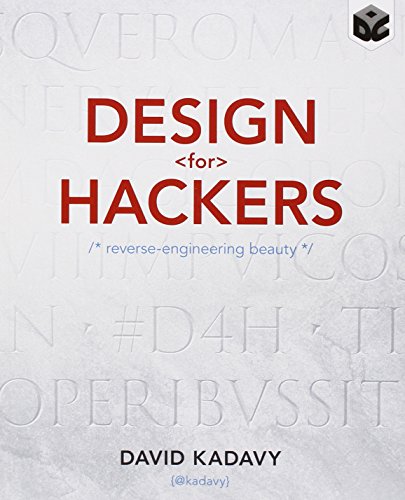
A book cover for Design for Hackers: Reverse Engineering Beauty; David Kadavy; Engineering & Transportation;